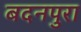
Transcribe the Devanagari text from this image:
बदनपुरा